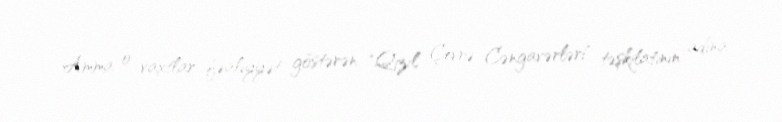
Amma o vaxtlar fəaliyyət göstərən "Qızıl Çevrə Cəngavərləri" təşkilatının adına